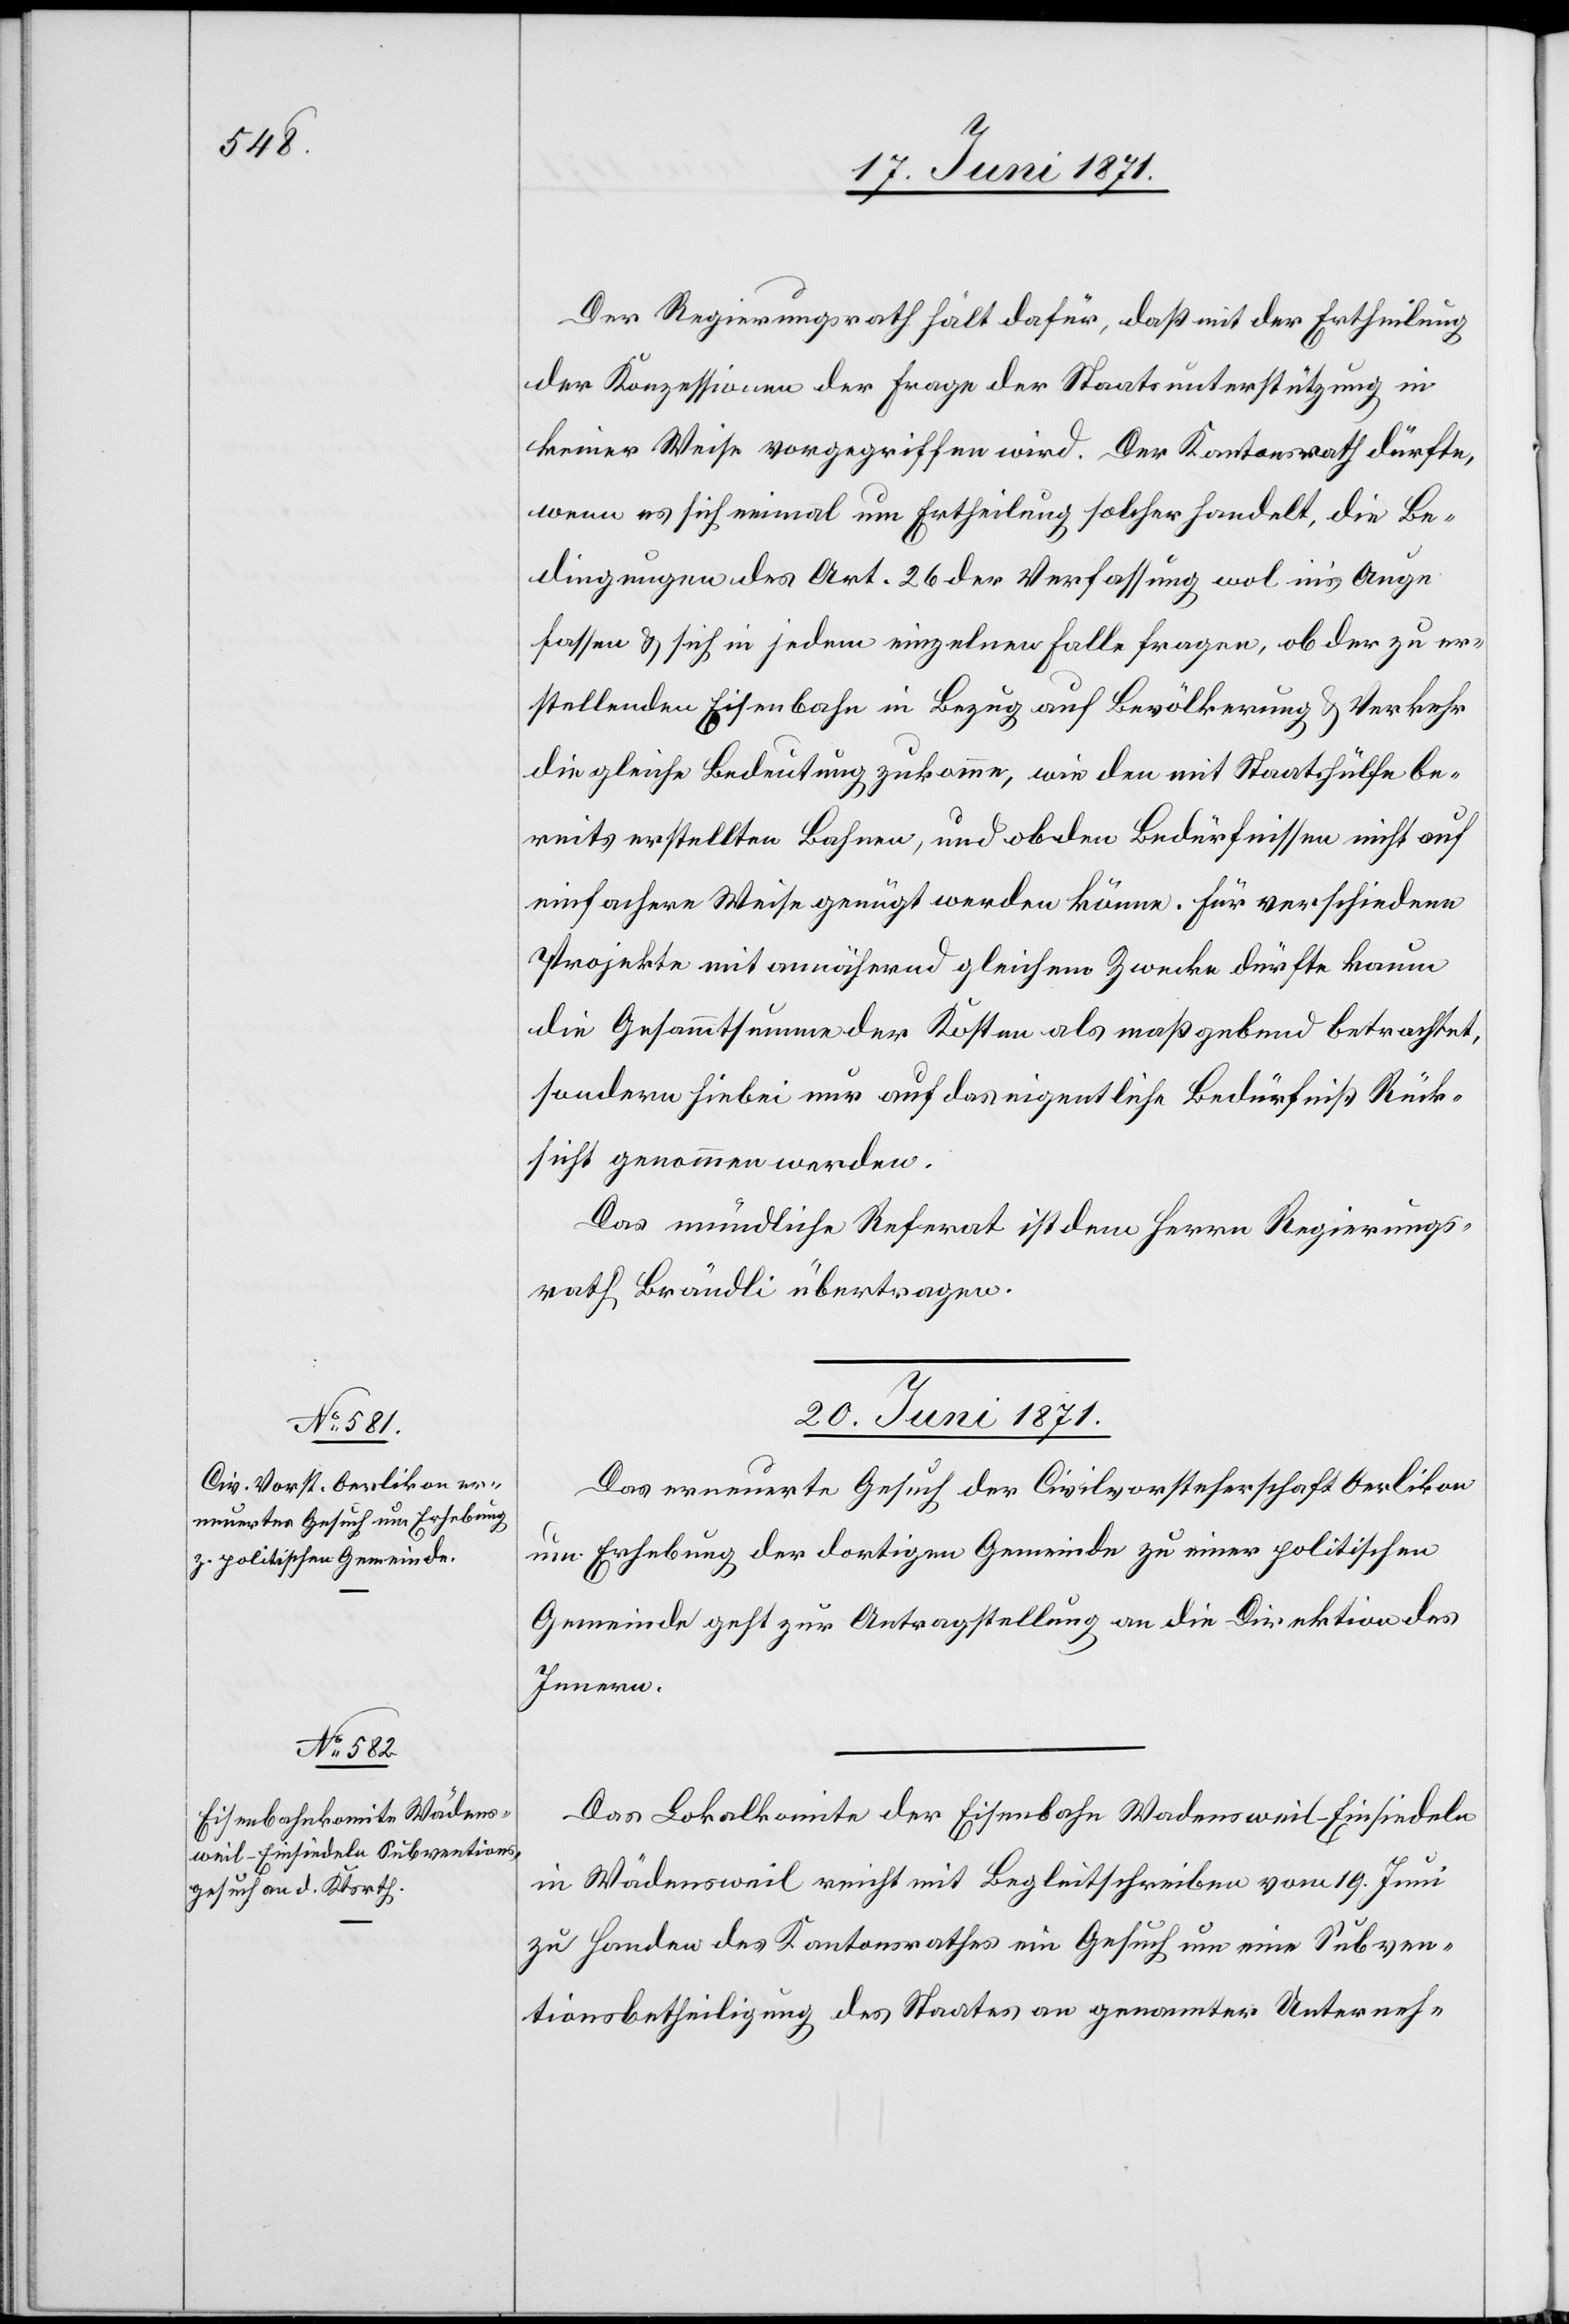
Der Regierungsrath hält dafür, daß mit der Ertheilung
der Konzessionen der Frage der Staatsunterstützung in
keiner Weise vorgegriffen wird. Der Kantonsrath dürfte,
wenn es sich einmal um Ertheilung solcher handelt, die Be¬
dingungen des Art. 26 der Verfassung wol in’s Auge
fassen u. sich in jedem einzelnen Falle fragen, ob der zu er¬
stellenden Eisenbahn in Bezug auf Bevölkerung u. Verkehr
die gleiche Bedeutung zukomme, wie den mit Staatshülfe be¬
reits erstellten Bahnen, und ob den Bedürfnissen nicht auf
einfachere Weise genügt werden könne. Für verschiedene
Projekte mit annähernd gleichem Zwecke dürfte kaum
die Gesammtsumme der Kosten als maßgebend betrachtet,
sondern hiebei nur auf das eigentliche Bedürfniß Rück¬
sicht genommen werden.
Das mündliche Referat ist dem Herrn Regierungs¬
rath Brändli übertragen.
20. Juni 1871.]
Das erneuerte Gesuch der Civilvorsteherschaft Oerlikon
um Erhebung der dortigen Gemeinde zu einer politischen
Gemeinde geht zur Antragstellung an die Direktion des
Innern.
Das Lokalkomite der Eisenbahn Wadensweil-Einsiedeln
in Wädensweil reicht mit Begleitschreiben vom 19. Juni
zu Handen des Kantonsrathes ein Gesuch um eine Subven¬
tionsbetheiligung des Staates an genannter Unterneh-